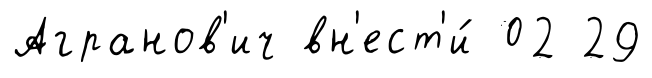
Агранов'ич вн'ест'и́ 02 29